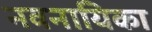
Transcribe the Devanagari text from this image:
नवनायिका